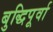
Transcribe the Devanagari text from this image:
बुद्धिपूर्वा